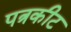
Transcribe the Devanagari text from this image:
पत्रकीट